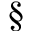
\S